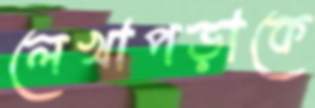
লেখাপড়াকে